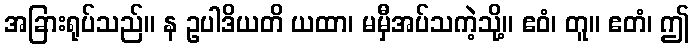
အခြားရုပ်သည်။ န ဥပါဒိယတိ ယထာ၊ မမှီအပ်သကဲ့သို့။ ဧဝံ၊ တူ။ ဧတံ၊ ဤ